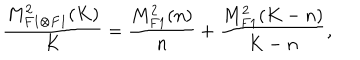
\frac { M _ { F 1 \otimes F 1 } ^ { 2 } ( K ) } { K } = \frac { M _ { F 1 } ^ { 2 } ( n ) } { n } + \frac { M _ { F 1 } ^ { 2 } ( K - n ) } { K - n } ,